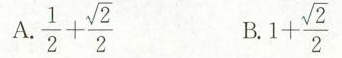
A. $$\frac { 1 } { 2 } + \frac { \sqrt { 2 } } { 2 }$$ B. $$1 + \frac { \ sqrt { 2 } } { 2 }$$